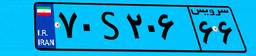
۷۰S۲۰۶۶۶